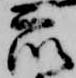
衆